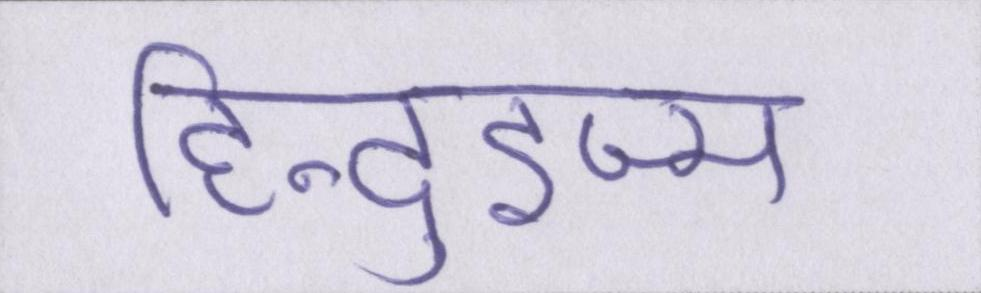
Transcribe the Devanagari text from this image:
हिन्दुइज्म